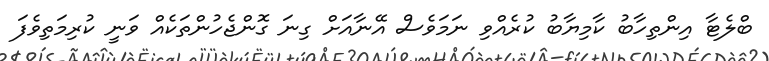
ބްލެޓާ އިންތިހާބު ކާމިޔާބު ކުރެއްވި ނަމަވެސް އޭނާއަށް ގިނަ ގޮންޖެހުންތަކެއް ވަނީ ކުރިމަތިވެފަ